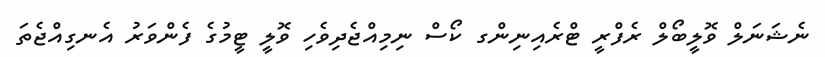
ނެޝަނަލް ވޮލީބޯލް ރެފްރީ ޓްރެއިނިންގ ކޯސް ނިމިއްޖެދިވެހި ވޮލީ ޓީމުގެ ފެންވަރު އެނގިއްޖެތަ